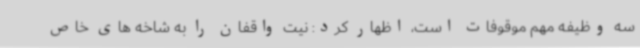
سه وظیفه مهم موقوفات است، اظهار کرد: نیت واقفان را به شاخه های خاص